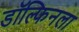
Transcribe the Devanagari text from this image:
डॉल्फिनला